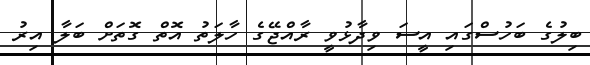
ބިލުގެ ބަހުސްގައި އީސަ ވިދާޅުވީ ރާއްޖޭގެ ހާލަތު އޮތް ގޮތަށް ބަލާ އިރު